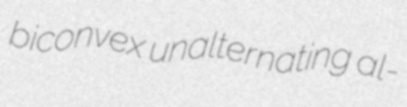
biconvex unalternating al-